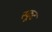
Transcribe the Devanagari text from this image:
स्कूट